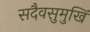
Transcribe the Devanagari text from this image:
सदैवसुमुखिं